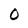
Character: O